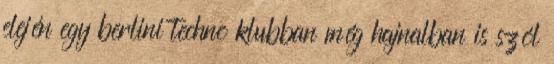
elején egy berlini techno klubban még hajnalban is szól